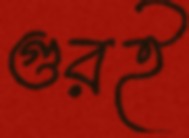
গুরই